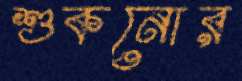
শুকনোর